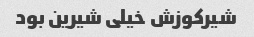
شیرکوزش خیلی شیرین بود